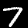
Digit: 7